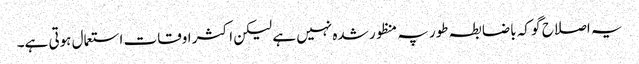
یہ اصلاح گو کہ باضابطہ طور پہ منظور شدہ نہیں ہے لیکن اکثر اوقات استعمال ہوتی ہے۔